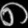
Digit: ၈